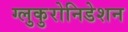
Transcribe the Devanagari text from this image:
ग्लुकुरोनिडेशन